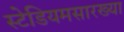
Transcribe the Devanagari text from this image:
स्टेडियमसारख्या